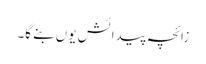
زائچہ پیدائش یوں بنے گا۔